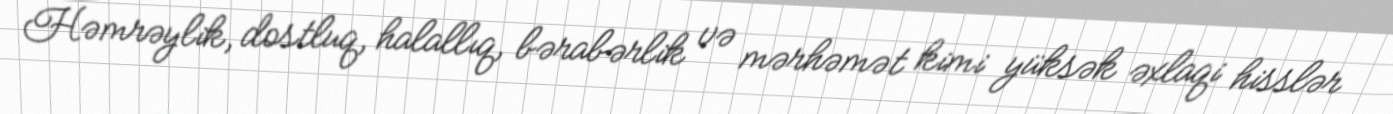
Həmrəylik, dostluq, halallıq, bərabərlik və mərhəmət kimi yüksək əxlaqi hisslər